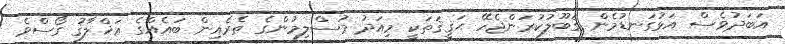
އަބަދުވެސް އަޅުގަނޑުމެން ޤަބޫލުކުރަންޖެހޭ ޙަޤީޤަތަކީ މިއަދު މުސްލިމުންގެ ތެރެއިން ބައެއްގެ އަޚްލާޤު ގޯސްވެ